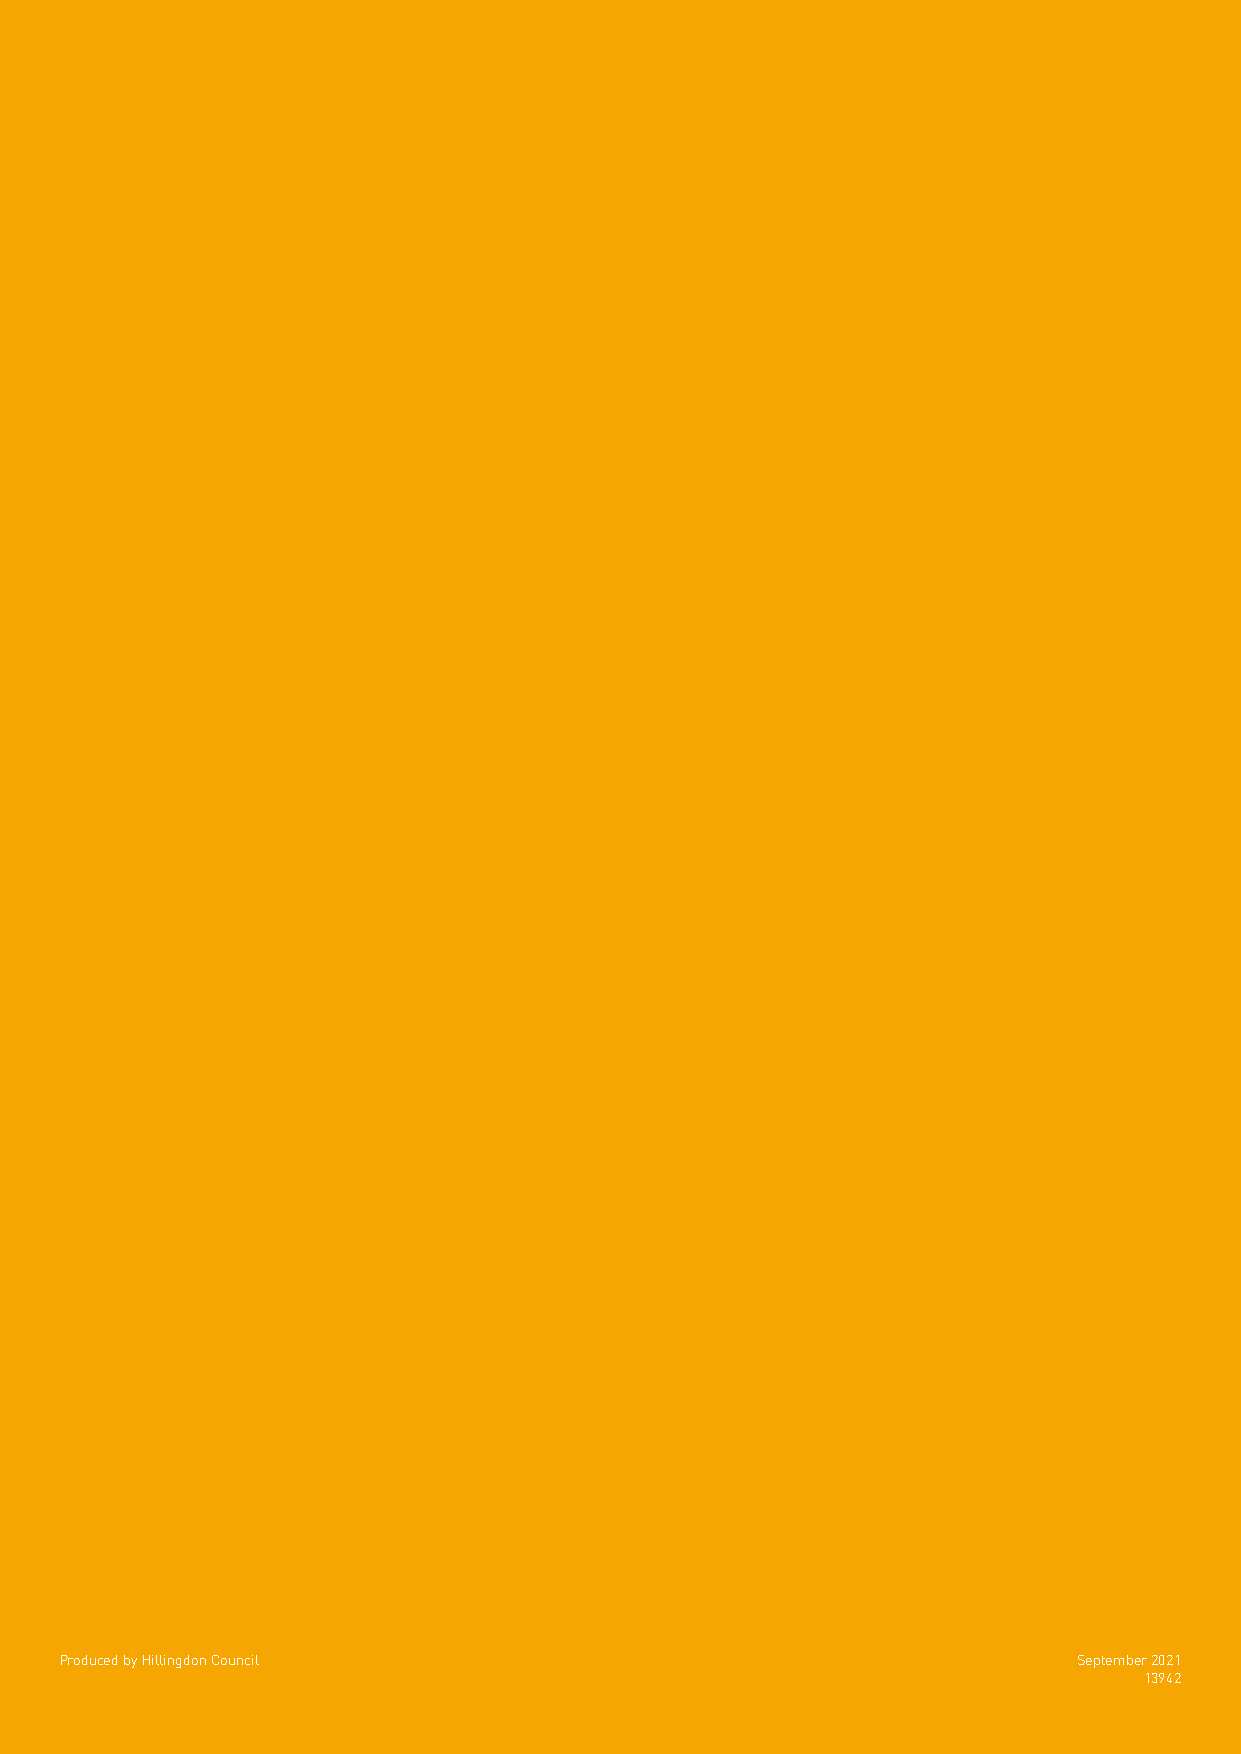
Produced by Hillingdon Council                                     September 2021
 13942